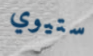
ستيوي